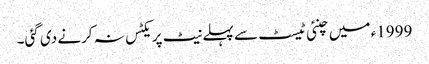
1999ء میں چنئی ٹیسٹ سے پہلے نیٹ پریکٹس نہ کرنے دی گئی۔